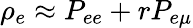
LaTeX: \rho_{e}\approx P_{ee}+rP_{e\mu}